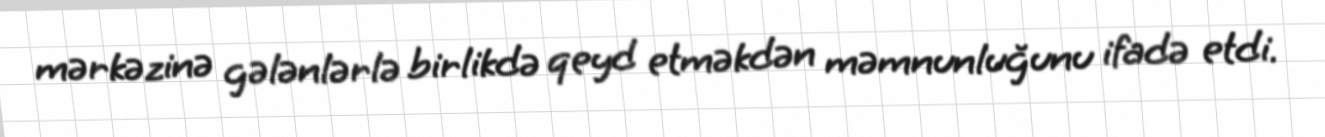
mərkəzinə gələnlərlə birlikdə qeyd etməkdən məmnunluğunu ifadə etdi.